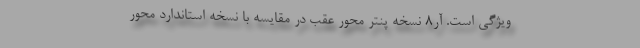
ویژگی است. آر8 نسخه پنتر محور عقب در مقایسه با نسخه استاندارد محور